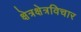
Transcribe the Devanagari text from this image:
क्षेत्रक्षेत्रविचार